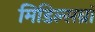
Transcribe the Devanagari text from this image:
मिडिल्सब्रॉ